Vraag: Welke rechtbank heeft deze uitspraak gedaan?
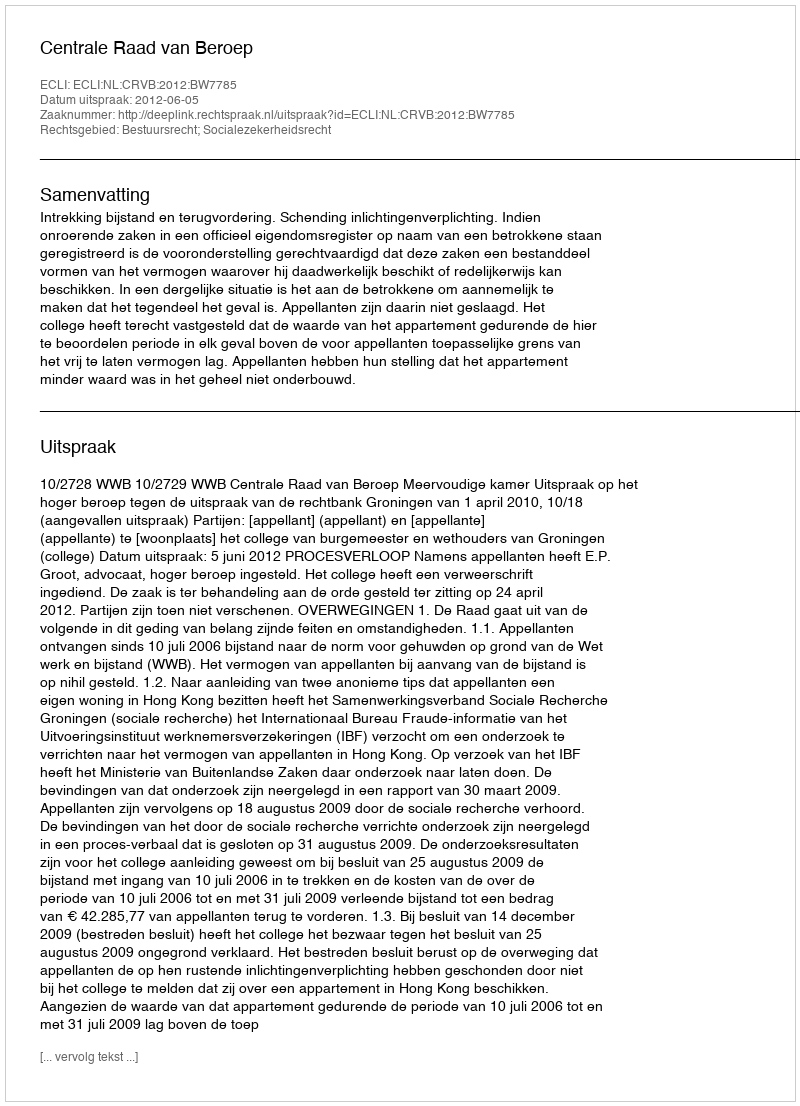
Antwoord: Centrale Raad van Beroep